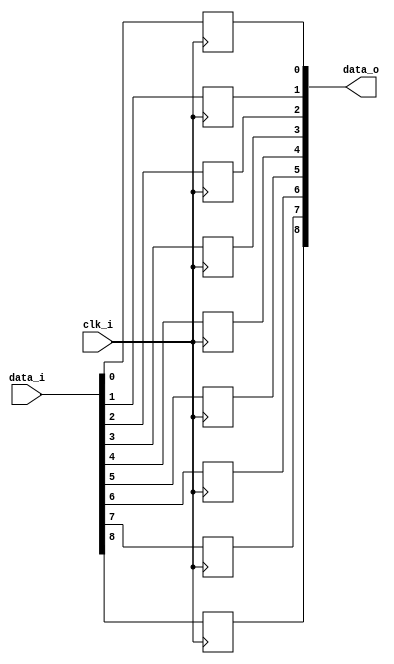
module bsg_dff_width_p9_harden_p1
(
  clk_i,
  data_i,
  data_o
);

  input [8:0] data_i;
  output [8:0] data_o;
  input clk_i;
  wire [8:0] data_o;
  reg data_o_8_sv2v_reg,data_o_7_sv2v_reg,data_o_6_sv2v_reg,data_o_5_sv2v_reg,
  data_o_4_sv2v_reg,data_o_3_sv2v_reg,data_o_2_sv2v_reg,data_o_1_sv2v_reg,
  data_o_0_sv2v_reg;
  assign data_o[8] = data_o_8_sv2v_reg;
  assign data_o[7] = data_o_7_sv2v_reg;
  assign data_o[6] = data_o_6_sv2v_reg;
  assign data_o[5] = data_o_5_sv2v_reg;
  assign data_o[4] = data_o_4_sv2v_reg;
  assign data_o[3] = data_o_3_sv2v_reg;
  assign data_o[2] = data_o_2_sv2v_reg;
  assign data_o[1] = data_o_1_sv2v_reg;
  assign data_o[0] = data_o_0_sv2v_reg;

  always @(posedge clk_i) begin
    if(1'b1) begin
      data_o_8_sv2v_reg <= data_i[8];
    end 
  end


  always @(posedge clk_i) begin
    if(1'b1) begin
      data_o_7_sv2v_reg <= data_i[7];
    end 
  end


  always @(posedge clk_i) begin
    if(1'b1) begin
      data_o_6_sv2v_reg <= data_i[6];
    end 
  end


  always @(posedge clk_i) begin
    if(1'b1) begin
      data_o_5_sv2v_reg <= data_i[5];
    end 
  end


  always @(posedge clk_i) begin
    if(1'b1) begin
      data_o_4_sv2v_reg <= data_i[4];
    end 
  end


  always @(posedge clk_i) begin
    if(1'b1) begin
      data_o_3_sv2v_reg <= data_i[3];
    end 
  end


  always @(posedge clk_i) begin
    if(1'b1) begin
      data_o_2_sv2v_reg <= data_i[2];
    end 
  end


  always @(posedge clk_i) begin
    if(1'b1) begin
      data_o_1_sv2v_reg <= data_i[1];
    end 
  end


  always @(posedge clk_i) begin
    if(1'b1) begin
      data_o_0_sv2v_reg <= data_i[0];
    end 
  end


endmodule